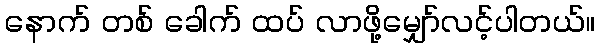
နောက် တစ် ခေါက် ထပ် လာဖို့မျှော်လင့်ပါတယ်။